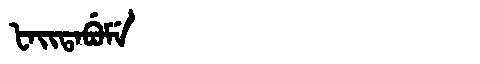
Manchu: ᡶᠠᡳᡨᠠᠪᡠᠮᡝ
Romanization: FAITABUME